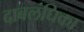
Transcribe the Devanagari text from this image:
दाबलंघिका